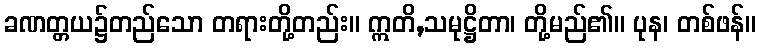
ခဏတ္တယ၌တည်သော တရားတို့တည်း။ ဣတိ,သမုဋ္ဌိတာ၊ တို့မည်၏။ ပုန၊ တစ်ဖန်။